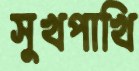
সুখপাখি